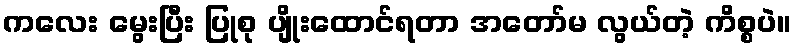
ကလေး မွေးပြီး ပြုစု ပျိုးထောင်ရတာ အတော်မ လွယ်တဲ့ ကိစ္စပဲ။